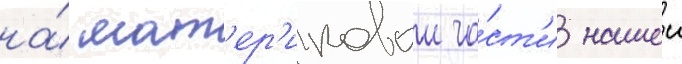
на́ мат'ер'иковои ча́ст'и нашеи